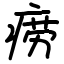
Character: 痨